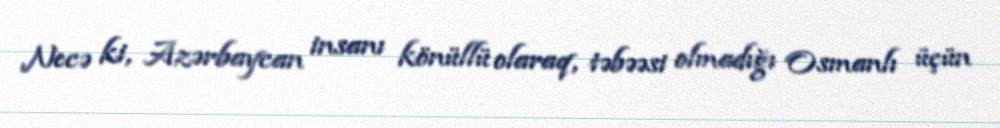
Necə ki, Azərbaycan insanı könüllü olaraq, təbəəsi olmadığı Osmanlı üçün